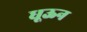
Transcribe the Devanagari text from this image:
धूऊन